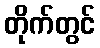
တိုက်တွင်